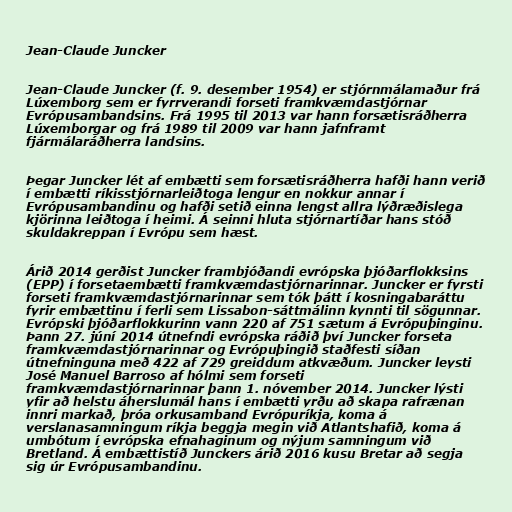
Jean-Claude Juncker

Jean-Claude Juncker (f. 9. desember 1954) er stjórnmálamaður frá
Lúxemborg sem er fyrrverandi forseti framkvæmdastjórnar
Evrópusambandsins. Frá 1995 til 2013 var hann forsætisráðherra
Lúxemborgar og frá 1989 til 2009 var hann jafnframt
fjármálaráðherra landsins.

Þegar Juncker lét af embætti sem forsætisráðherra hafði hann verið
í embætti ríkisstjórnarleiðtoga lengur en nokkur annar í
Evrópusambandinu og hafði setið einna lengst allra lýðræðislega
kjörinna leiðtoga í heimi. Á seinni hluta stjórnartíðar hans stóð
skuldakreppan í Evrópu sem hæst.

Árið 2014 gerðist Juncker frambjóðandi evrópska þjóðarflokksins
(EPP) í forsetaembætti framkvæmdastjórnarinnar. Juncker er fyrsti
forseti framkvæmdastjórnarinnar sem tók þátt í kosningabaráttu
fyrir embættinu í ferli sem Lissabon-sáttmálinn kynnti til sögunnar.
Evrópski þjóðarflokkurinn vann 220 af 751 sætum á Evrópuþinginu.
Þann 27. júní 2014 útnefndi evrópska ráðið því Juncker forseta
framkvæmdastjórnarinnar og Evrópuþingið staðfesti síðan
útnefninguna með 422 af 729 greiddum atkvæðum. Juncker leysti
José Manuel Barroso af hólmi sem forseti
framkvæmdastjórnarinnar þann 1. nóvember 2014. Juncker lýsti
yfir að helstu áherslumál hans í embætti yrðu að skapa rafrænan
innri markað, þróa orkusamband Evrópuríkja, koma á
verslanasamningum ríkja beggja megin við Atlantshafið, koma á
umbótum í evrópska efnahaginum og nýjum samningum við
Bretland. Á embættistíð Junckers árið 2016 kusu Bretar að segja
sig úr Evrópusambandinu.